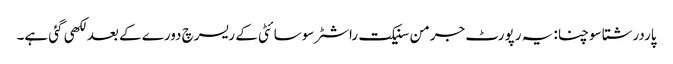
پاردرشتا سوچنا: یہ رپورٹ جرمن سنیکت راشٹر سوسائٹی کے ریسرچ دورے کے بعد لکھی گئی ہے۔